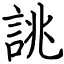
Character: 誂